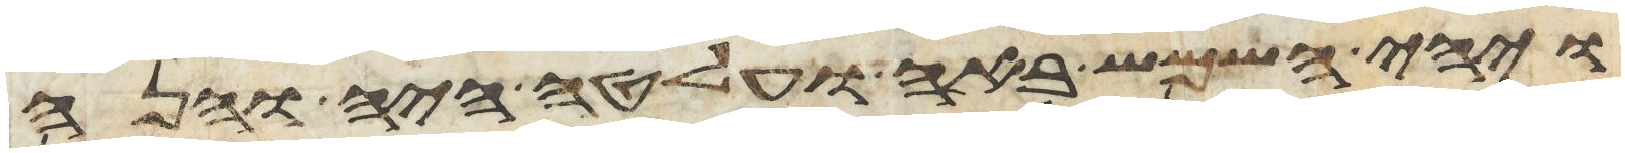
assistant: ויהי השמש באה ועלטה היה והנה